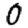
Digit: 0